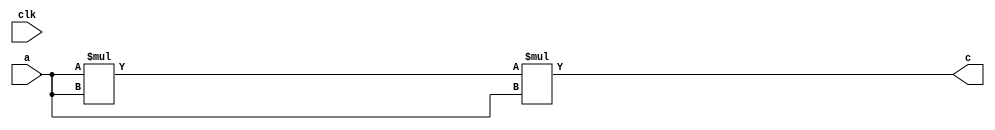
`timescale 1ns/1ps

module test_ex1 (
                  input clk,
                  input [3:0] a,
                  output  [11:0] c
                  );

   wire [7:0]                  y;

   assign y = a*a;
   assign c =y*a;
   

endmodule